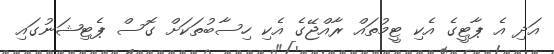
އަދި އެ ޕާޓީގެ އެކި ޓީމުތައް ރާއްޖޭގެ އެކި ހިސާބުތަކަށް ގޮސް ޕެޓިޝަނުގައި